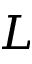
L